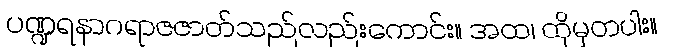
ပဏ္ဍရနာဂရာဇဇာတ်သည်လည်းကောင်း။ အထ၊ ထိုမှတပါး။